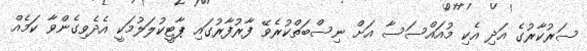
ސަރުކާރުގެ އަދި އެކި މުއައްސަސާ އަށް ނިސްބަތްކުރެވޭ ފާރުފާރުގައި ޕާޓީކުލަލުމަކީ އެދެވިގެންވާ ކަމެއް